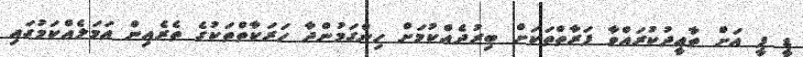
ޑީ ޕީ އަށް ތާޢީދުކުރައްވާ ފަރާތްތަކަށް ބިރުދެއްކުމަށް ހިންގަމުންދާ ހަރަކާތްތަކުގެ ތެރެއިން އަމަލެއްކަމުގައި